system: You are a helpful assistant.
user:
Analyze the provided spectrum to determine if it is a **S-type Star**.

- **Key Indicators for S-type Star:**

    - **(Overall Spectrum Shape):** The first and most obvious characteristic is the overall continuum (the "baseline" shape). It is **extremely "red-sloping,"** meaning the flux (light intensity) is very low on the left side (blue, ~4000-4500 Å) and rises steeply and continuously toward the right side (red, ~7000 Å+).

    - **(Primary):** The spectrum is defined by the presence of strong, broad molecular absorption "valleys" (bands) from **Zirconium Oxide (ZrO)**. The identification of these bands is the **primary requirement** for classifying a star as S-type.
        - **(Key Bandheads):** You must find distinct, deep "dips" where the light has been absorbed. The most critical band systems to locate are:
            - **~6474 Å** ($\gamma$-system): This is often the strongest and clearest ZrO feature, found in the red part of the spectrum.
            - **~5718 Å** & **~5551 Å** ($\beta$-system): A pair of prominent absorption features in the yellow-orange part of the spectrum.
            - **~4640 Å** ($\alpha$-system): A key absorption band system in the blue-green region of the spectrum.

    - **(Secondary Confirmation):** The classification is strengthened by finding additional absorption bands from other related heavy element oxides, which are expected to be present alongside ZrO.
        - **(Key Bandheads):**
            - **Yttrium Oxide (YO):** Look for absorption dips near **~4800 Å** and **~6100 Å**.
            - **Lanthanum Oxide (LaO):** Additional absorption features, particularly in the red-orange part of the spectrum, are also characteristic.

    - **(Line Profile):** The combination of the steep red continuum and these numerous, deep molecular bands (ZrO, YO, etc.) gives the entire spectrum a very **"chopped-up"** or **"bumpy"** appearance. Instead of a smooth curve, the spectrum looks as though large, wide chunks of light have been "carved out" of it at the specific wavelengths listed above.

Think first, call **spectral_visualization_tool** if needed to examine features in detail, then provide your final answer. Your response must adhere to the following strict rules:
1.  **Overall Structure:** Your response must follow the format `<think>...</think> <tool_call>...</tool_call> (if a tool is used) <answer>...</answer>`.
2.  **Tool Usage Constraint:** You may only make **one** tool call per turn.
3.  **Final Answer Format:** In the `<answer>` tag, your conclusion must be inside a `\boxed{}` command (e.g., `\boxed{YES}` or `\boxed{NO}`), followed by your justification.

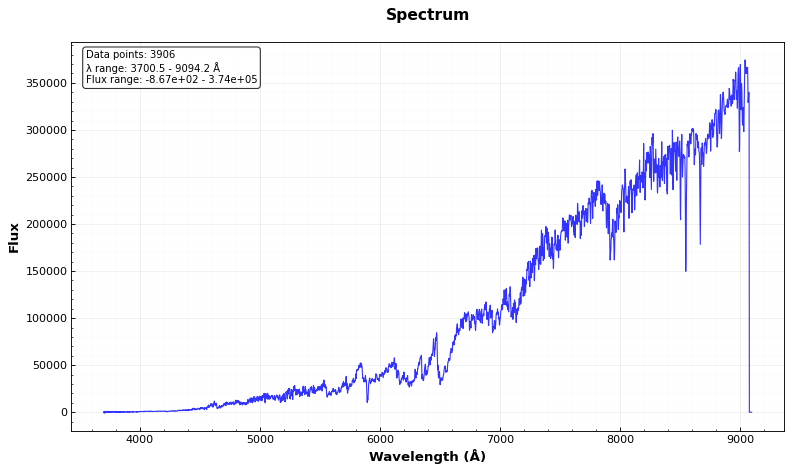
Answer: YES